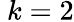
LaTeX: \ k=2